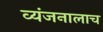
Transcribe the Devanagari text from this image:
व्यंजनालाच